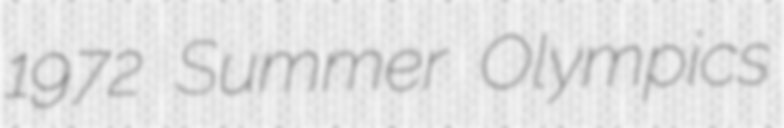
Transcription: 1972 Summer Olympics